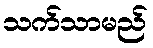
သက်သာမည်